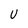
Character: U